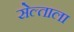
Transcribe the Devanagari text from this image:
सेल्ताला